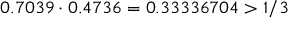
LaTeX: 0 . 7 0 3 9 \cdot 0 . 4 7 3 6 = 0 . 3 3 3 3 6 7 0 4 > 1 / 3